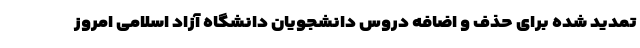
تمدید شده برای حذف و اضافه دروس دانشجویان دانشگاه آزاد اسلامی امروز